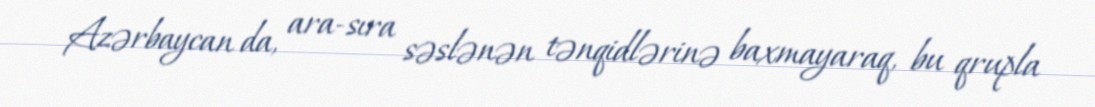
Azərbaycan da, ara-sıra səslənən tənqidlərinə baxmayaraq, bu qrupla